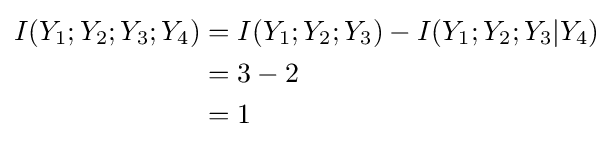
{\begin{aligned}I(Y_{1};Y_{2};Y_{3};Y_{4})&=I(Y_{1};Y_{2};Y_{3})-I(Y_{1};Y_{2};Y_{3}|Y_{4})\\&=3-2\\&=1\end{aligned}}